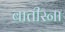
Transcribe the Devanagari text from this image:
बातीस्ना